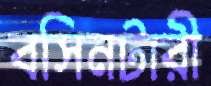
বসিনটারী